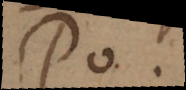
PO.